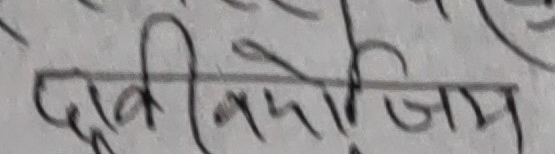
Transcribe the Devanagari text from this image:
दुकीनिर्दिजाम